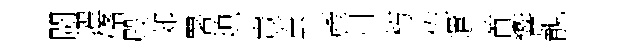
閜濯翛殿郊署熄豈蚕產归朽佐遣首響靚